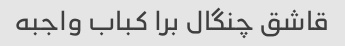
قاشق چنگال برا کباب واجبه